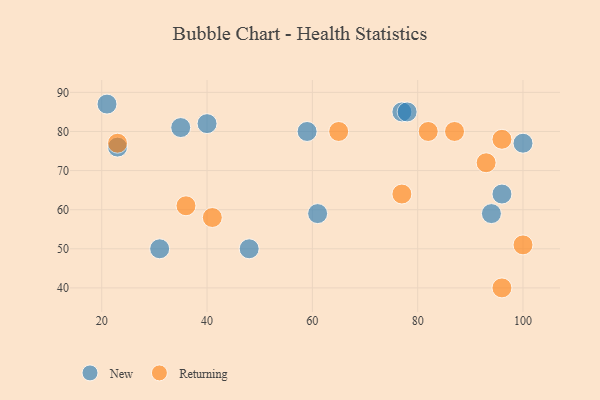
{"axis": {"x": "GDP", "y": "Life Expectancy"}, "legend": ["New", "Returning"], "data": [{"x": "100", "y": 77, "type": "New"}, {"x": "77", "y": 85, "type": "New"}, {"x": "21", "y": 87, "type": "New"}, {"x": "35", "y": 81, "type": "New"}, {"x": "96", "y": 64, "type": "New"}, {"x": "78", "y": 85, "type": "New"}, {"x": "40", "y": 82, "type": "New"}, {"x": "61", "y": 59, "type": "New"}, {"x": "48", "y": 50, "type": "New"}, {"x": "59", "y": 80, "type": "New"}, {"x": "23", "y": 76, "type": "New"}, {"x": "94", "y": 59, "type": "New"}, {"x": "31", "y": 50, "type": "New"}, {"x": "36", "y": 61, "type": "Returning"}, {"x": "93", "y": 72, "type": "Returning"}, {"x": "23", "y": 77, "type": "Returning"}, {"x": "82", "y": 80, "type": "Returning"}, {"x": "100", "y": 51, "type": "Returning"}, {"x": "96", "y": 40, "type": "Returning"}, {"x": "65", "y": 80, "type": "Returning"}, {"x": "96", "y": 78, "type": "Returning"}, {"x": "87", "y": 80, "type": "Returning"}, {"x": "77", "y": 64, "type": "Returning"}, {"x": "41", "y": 58, "type": "Returning"}]}